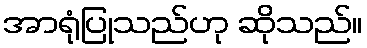
အာရုံပြုသည်ဟု ဆိုသည်။